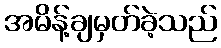
အမိန့်ချမှတ်ခဲ့သည်